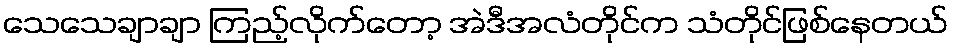
သေသေချာချာ ကြည့်လိုက်တော့ အဲဒီအလံတိုင်က သံတိုင်ဖြစ်နေတယ်